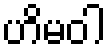
ဟိမဝါ